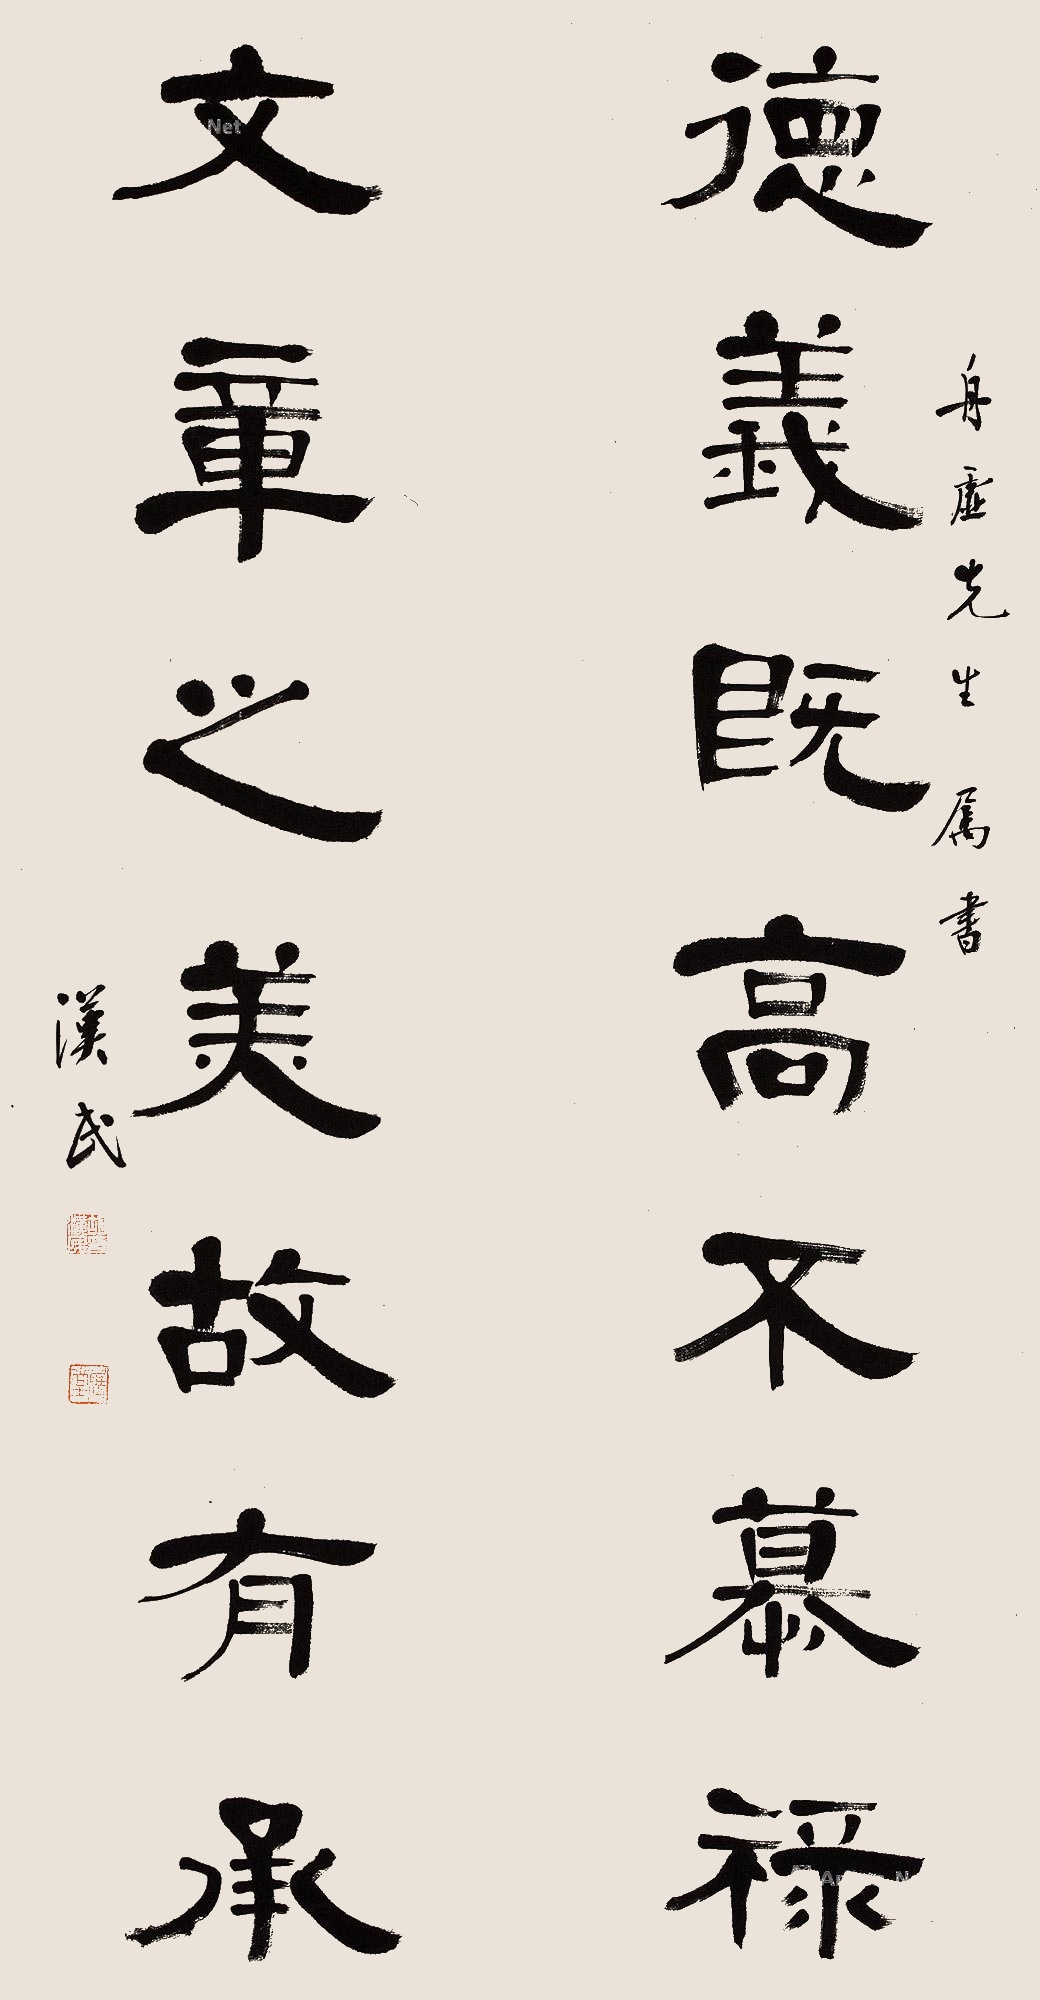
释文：德义既高不慕禄，文章之美故有承。舟虚先生属书，汉民。